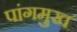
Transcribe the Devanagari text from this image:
पांगमुख